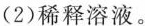
(2)稀释溶液。